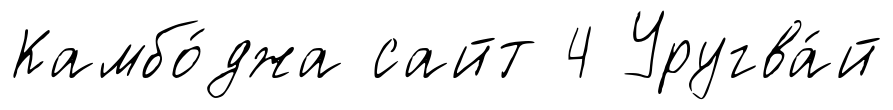
Камбо́джа сайт 4 Уругва́й